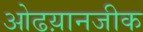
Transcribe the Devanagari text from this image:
ओढय़ानजीक